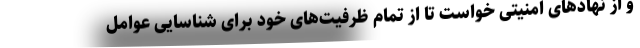
و از نهادهای امنیتی خواست تا از تمام ظرفیت‌های خود برای شناسایی عوامل